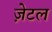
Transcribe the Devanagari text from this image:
ज़ेटल